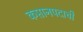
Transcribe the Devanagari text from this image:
कप्तानपदाची